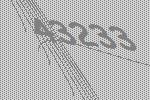
43233